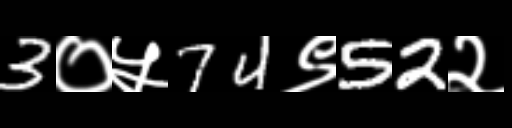
Text: 3०५74९52२